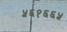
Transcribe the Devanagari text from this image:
५६१६६५